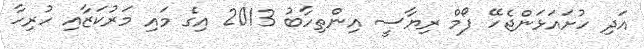
އަދި ހުށައަޅަންޖެހޭ ފޯމް ރިޔާސީ އިންތިހާބު 2013 އިގެ މައި މަރުކަޒާއި ހުރިހާ